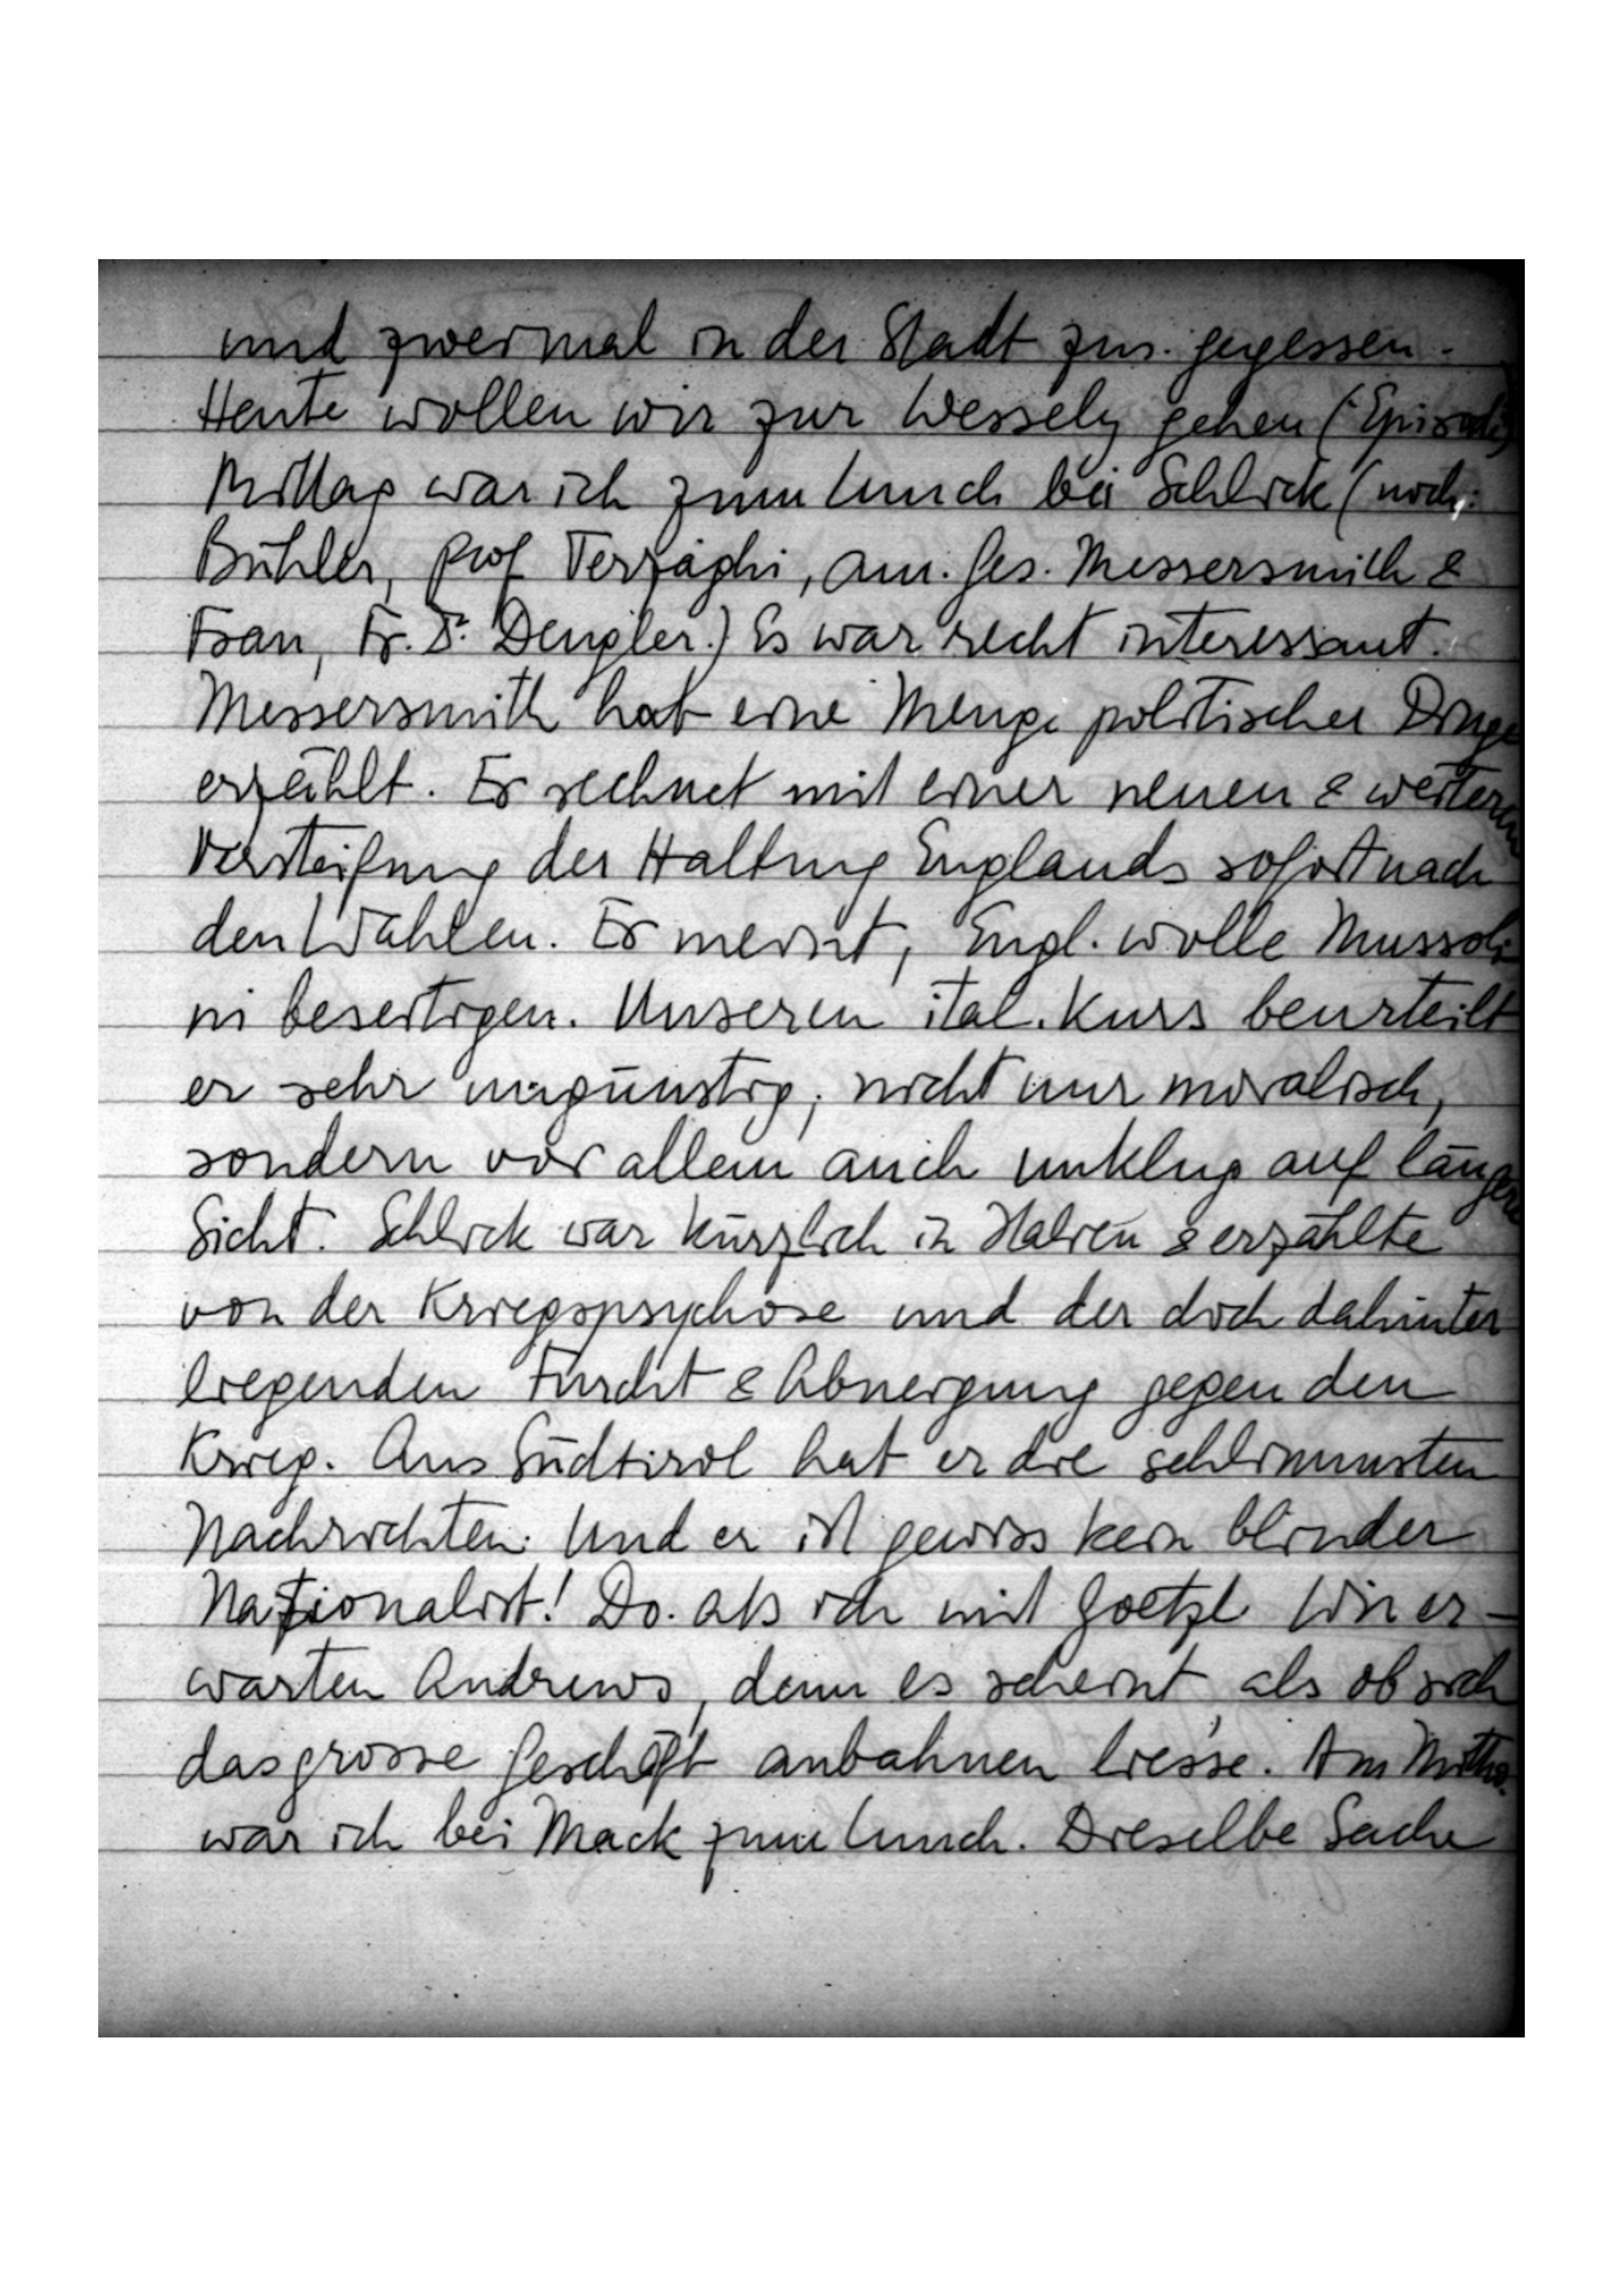
und zweimal in der Stadt zus. gegessen.
Heute wollen wir zur Wessely gehen („Episode“).
Mittag war ich zum Lunch bei Schlick (noch:
Bühler, Prof Terzaghi, am. Ges. Messersmith &
Frau, Fr. Dr. Dengler.) Es war recht interessant.
Messersmith hat eine Menge politischer Dinge
erzählt. Er rechnet mit einer neuen & weiteren
Versteifung der Haltung Englands sofort nach
den Wahlen. Er meint, Engl. wolle Mussoli
ni beseitigen. Unseren ital. Kurs beurteilt
er sehr ungünstig, nicht nur moralisch,
sondern vor allem auch unklug auf längere
Sicht. Schlick war kürzlich in Italien & erzählte
von der Kriegspsychose und der doch dahinter
liegenden Furcht & Abneigung gegen den
Krieg. Aus Südtirol hat er die schlimmsten
Nachrichten. Und er ist gewiss kein blinder
Nationalist! Do. als ich mit Goetzl Wir er
warten Andrews, denn es scheint, als ob sich
das grosse Geschäft anbahnen liesse. Am Mittag
war ich bei Mack zum Lunch. Dieselbe Sache